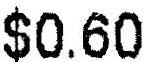
$0.60